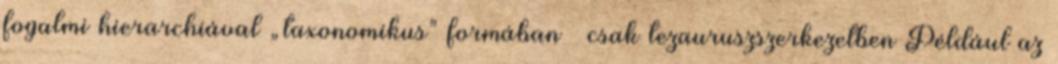
fogalmi hierarchiával „taxonomikus” formában – csak tezauruszszerkezetben Például az